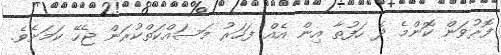
ފޮރުވަން ކޮންމެ ދެ ހަފުތާ އިން އެއް ފަހަރު މަސައްކަތްކުރަން ޖެހޭ ކަމަށެވެ.